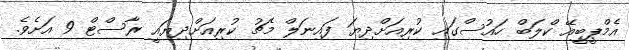
އެމްޕީބީއޭ ކްލަބް ހައުސްގައި ކުރިއަށްދިޔަ ފައިނަލް މެޗު ކުރިއަށްދިޔައީ ރާސްޓް 9 އަށެވެ.